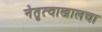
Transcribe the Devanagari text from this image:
नेतृत्वाखालचा